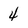
Character: 4